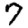
Digit: 7